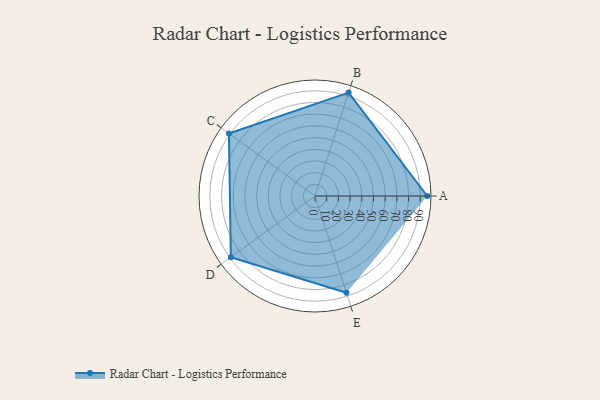
{"axis": {"x": "Skill", "y": "Score"}, "legend": ["Profile"], "data": [{"x": "A", "y": 96.0, "type": "Profile"}, {"x": "B", "y": 93.0, "type": "Profile"}, {"x": "C", "y": 91.0, "type": "Profile"}, {"x": "D", "y": 89.0, "type": "Profile"}, {"x": "E", "y": 87.0, "type": "Profile"}]}